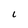
Character: l